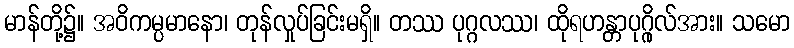
မာန်တို့၌။ အဝိကမ္ပမာနော၊ တုန်လှုပ်ခြင်းမရှိ။ တဿ ပုဂ္ဂလဿ၊ ထိုရဟန္တာပုဂ္ဂိုလ်အား။ သမော